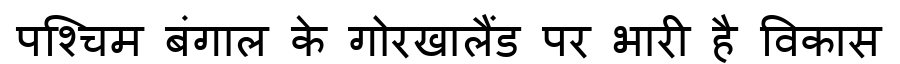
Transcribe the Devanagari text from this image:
पश्चिम बंगाल के गोरखालैंड पर भारी है विकास